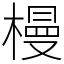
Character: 槾